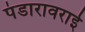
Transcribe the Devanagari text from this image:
पंडारावराई